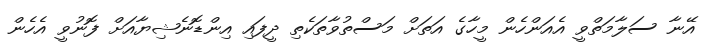
އޭނާ ސަލާމަތްވީ އެއަންހެން މީހާގެ އަތަށް މަސްތުވާތަކެތި ދީފައި އިންޑޮނެޝިޔާއަށް ފޮނުވީ އެހެން